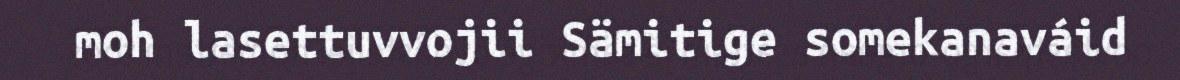
moh lasettuvvojii Sämitige somekanaváid